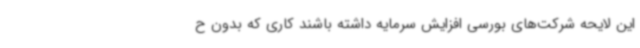
این لایحه شرکت‌های بورسی افزایش سرمایه داشته باشند کاری که بدون ح